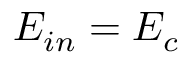
E _ { i n } = E _ { c }